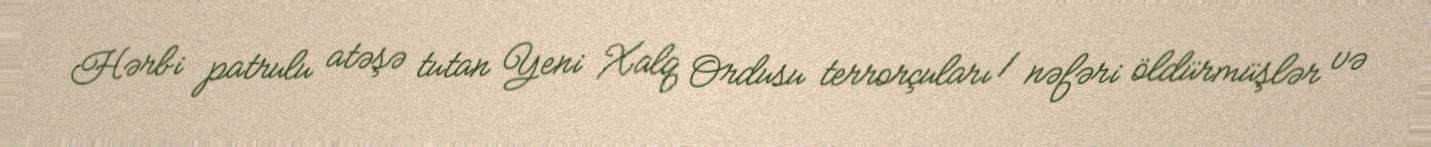
Hərbi patrulu atəşə tutan Yeni Xalq Ordusu terrorçuları 1 nəfəri öldürmüşlər və